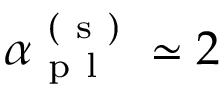
\alpha _ { \mathrm { ~ p ~ l ~ } } ^ { \mathrm { ~ ( ~ s ~ ) ~ } } \simeq 2